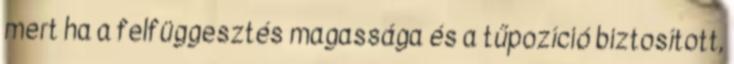
mert ha a felfüggesztés magassága és a tűpozíció biztosított,